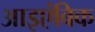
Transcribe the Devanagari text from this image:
आइएंबिक